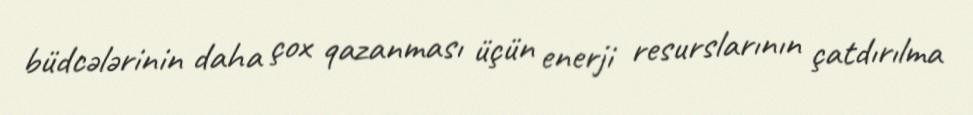
büdcələrinin daha çox qazanması üçün enerji resurslarının çatdırılma